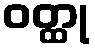
ဝတ္ထု